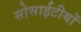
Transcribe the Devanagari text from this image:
सोसाईटीयों